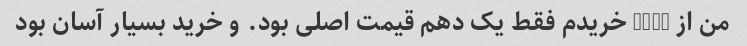
من از ebay خریدم فقط یک دهم قیمت اصلی بود. و خرید بسیار آسان بود